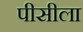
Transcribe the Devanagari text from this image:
पीसीला